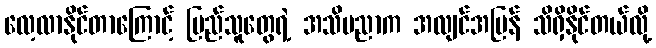
လေ့လာနိုင်တာကြောင့် ပြည်သူတွေရဲ့ အသိပညာက အလျင်အမြန် သိရှိနိုင်တယ်လို့